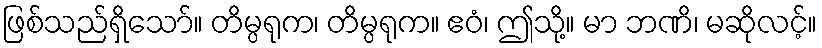
ဖြစ်သည်ရှိသော်။ တိမ္ပရုက၊ တိမ္ပရုက။ ဧဝံ၊ ဤသို့။ မာ ဘဏိ၊ မဆိုလင့်။